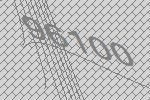
96100